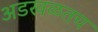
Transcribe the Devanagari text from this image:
अडखळतच